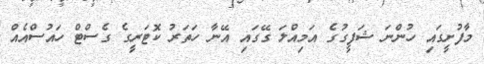
މާފުށީގައި ހުންނަ ޝަފީގުގެ އަމިއްލަ ގޭގައި އޭނާ ހަތަރު ކޮޓަރީގެ ގެސްޓް ހައުސްއެއް